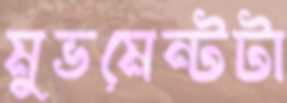
মুভমেন্টটা